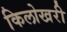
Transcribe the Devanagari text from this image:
किलोखरी